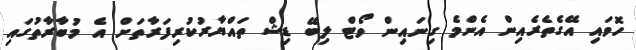
ހޮވައި އޭގެތެރެއިން އެންމެ ގިނައިން ވޯޓް ލިބޭ ޑިޝް ތައްޔާރުކުރިފަރާތަށް އެ މުބާރާތުގައި